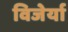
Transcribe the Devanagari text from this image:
विजेर्या